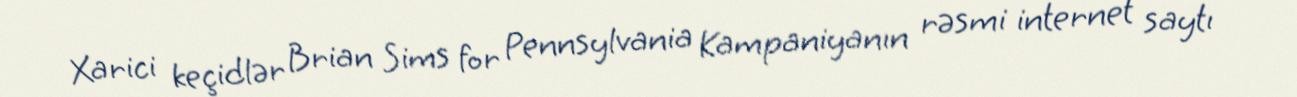
Xarici keçidlər Brian Sims for Pennsylvania Kampaniyanın rəsmi internet saytı